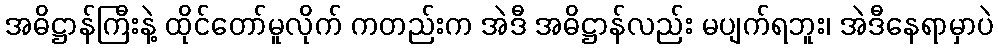
အဓိဋ္ဌာန်ကြီးနဲ့ ထိုင်တော်မူလိုက် ကတည်းက အဲဒီ အဓိဋ္ဌာန်လည်း မပျက်ရဘူး၊ အဲဒီနေရာမှာပဲ